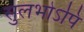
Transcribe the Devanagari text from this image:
सुलभोऽपि